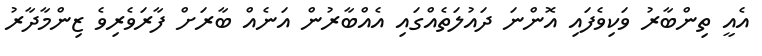
އެއީ ތިންބާރު ވަކިވެފައި އޮންނަ ދައުލަތެއްގައި އެއްބާރުން އަނެއް ބާރަށް ފާރަވެރިވެ ޒިންމާދާރު